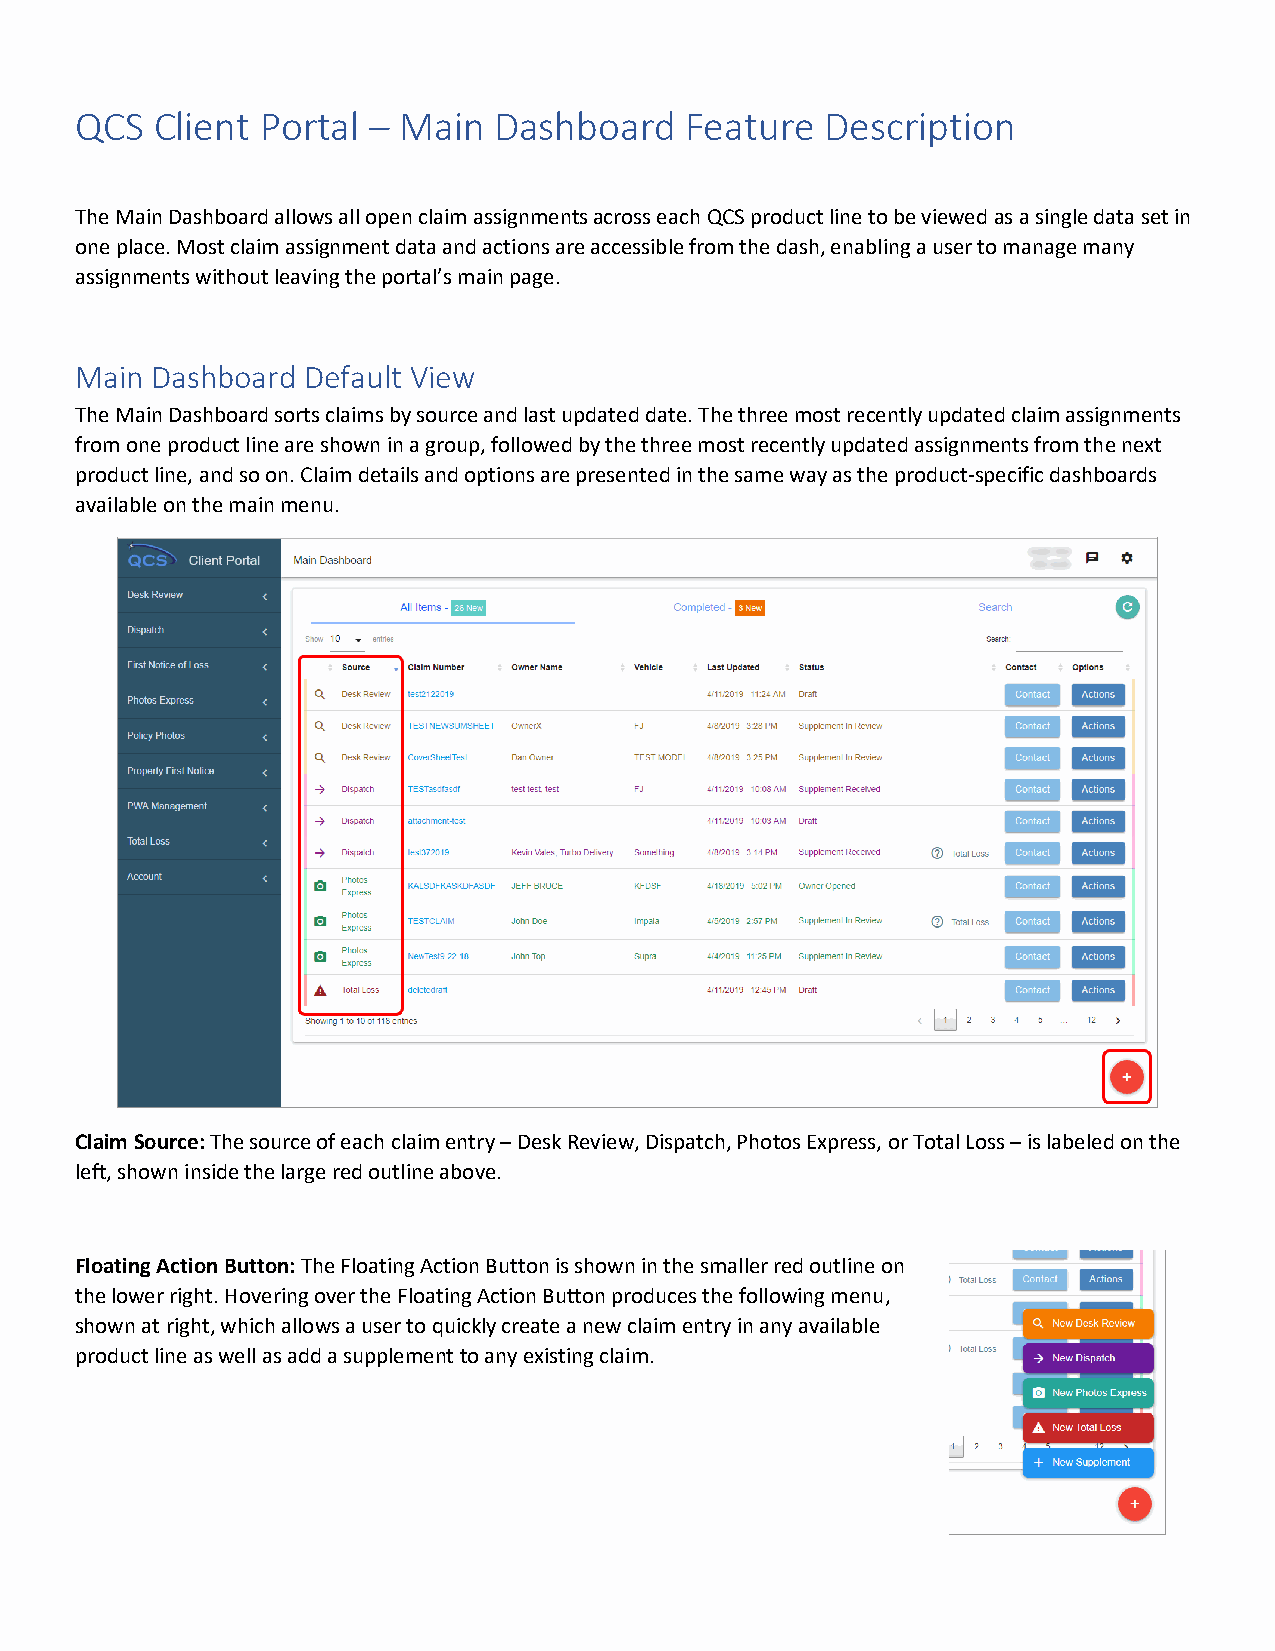
QCS  Client Portal – Main   Dashboard   Feature   Description
 The Main Dashboard allows all open claim assignments across each QCS product line to be viewed as a single data set in
 one place. Most claim assignment data and actions are accessible from the dash, enabling a user to manage many
 assignments without leaving the portal’s main page.
 Main Dashboard Default View
 The Main Dashboard sorts claims by source and last updated date. The three most recently updated claim assignments
 from one product line are shown in a group, followed by the three most recently updated assignments from the next
 product line, and so on. Claim details and options are presented in the same way as the product-specific dashboards
 available on the main menu.
 Claim Source: The source of each claim entry – Desk Review, Dispatch, Photos Express, or Total Loss – is labeled on the
 left, shown inside the large red outline above.
 Floating Action Button: The Floating Action Button is shown in the smaller red outline on
 the lower right. Hovering over the Floating Action Button produces the following menu,
 shown at right, which allows a user to quickly create a new claim entry in any available
 product line as well as add a supplement to any existing claim.